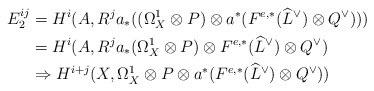
\begin{align*}E_2^{ij}&=H^i(A,R^ja_*((\Omega_X^1\otimes P)\otimes a^*(F^{e,*}(\widehat{L}^{\vee})\otimes Q^{\vee}))) \\&=H^i(A,R^ja_*(\Omega_X^1\otimes P)\otimes F^{e,*}(\widehat{L}^{\vee})\otimes Q^{\vee}) \\&\Rightarrow H^{i+j}(X,\Omega_X^1\otimes P\otimes a^*(F^{e,*}(\widehat{L}^{\vee})\otimes Q^{\vee}))\end{align*}